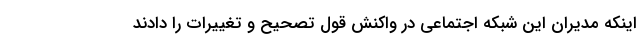
اینکه مدیران این شبکه اجتماعی در واکنش قول تصحیح و تغییرات را دادند